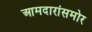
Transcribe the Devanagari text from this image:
आमदारांसमोर